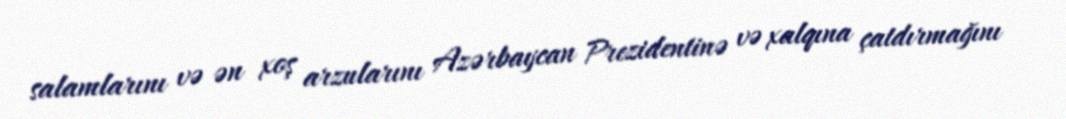
salamlarını və ən xoş arzularını Azərbaycan Prezidentinə və xalqına çatdırmağını